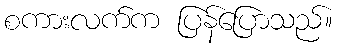
စကားလက်က ပြန်ပြောသည်။